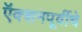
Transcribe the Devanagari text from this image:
ऍक्शनपूर्वीचे